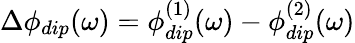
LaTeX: \Delta\phi_{dip}(\omega)=\phi_{dip}^{(1)}(\omega)-\phi_{dip}^{(2)}(\omega)